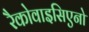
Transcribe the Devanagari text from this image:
रैकोवाइसिएनो